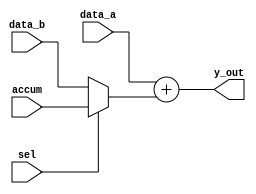
module res_share (y_out, sel, data_a, data_b, accum);
  output 		[4: 0]	y_out;
  input		[3: 0]	data_a, data_b, accum;
  input			sel;

  assign y_out = data_a + (sel ? accum : data_b);
endmodule